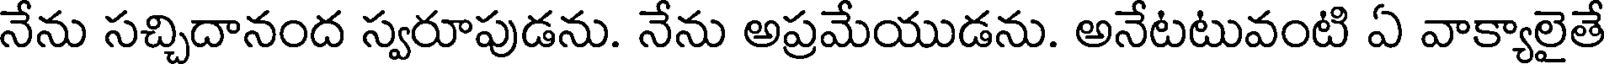
నేను సచ్చిదానంద స్వరూపుడను. నేను అప్రమేయుడను. అనేటటువంటి ఏ వాక్యాలైతే